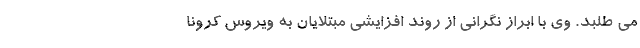
می طلبد. وی با ابراز نگرانی از روند افزایشی مبتلایان به ویروس کرونا